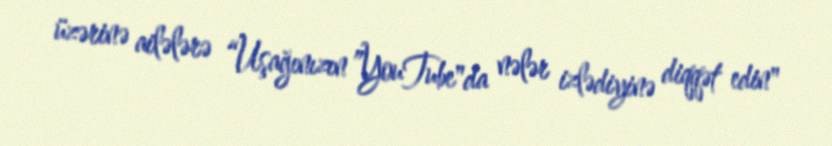
üzərinə ailələrə “Uşağınızın ”YouTube"da nələr izlədiyinə diqqət edin"